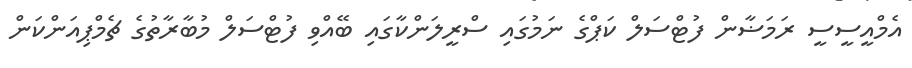
އެމްއީސީސީ ރަމަޟާން ފުޓްސަލް ކަޕްގެ ނަމުގައި ސްރީލަންކާގައި ބޭއްވި ފުޓްސަލް މުބާރާތުގެ ޗެމްޕިއަންކަން